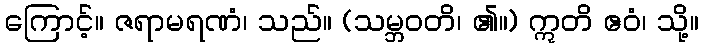
ကြောင့်။ ဇရာမရဏံ၊ သည်။ (သမ္ဘဝတိ၊ ၏။) ဣတိ ဧဝံ၊ သို့။